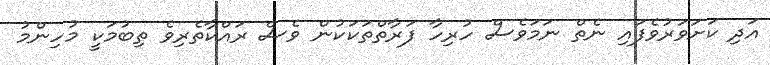
އަދި ކަށަވަރުވެފައި ނެތް ނަމަވެސް ހުރިހާ ފަރާތްތަކަކުން ވެސް ރައްކާތެރިވެ ތިބުމަކީ މުހިންމު